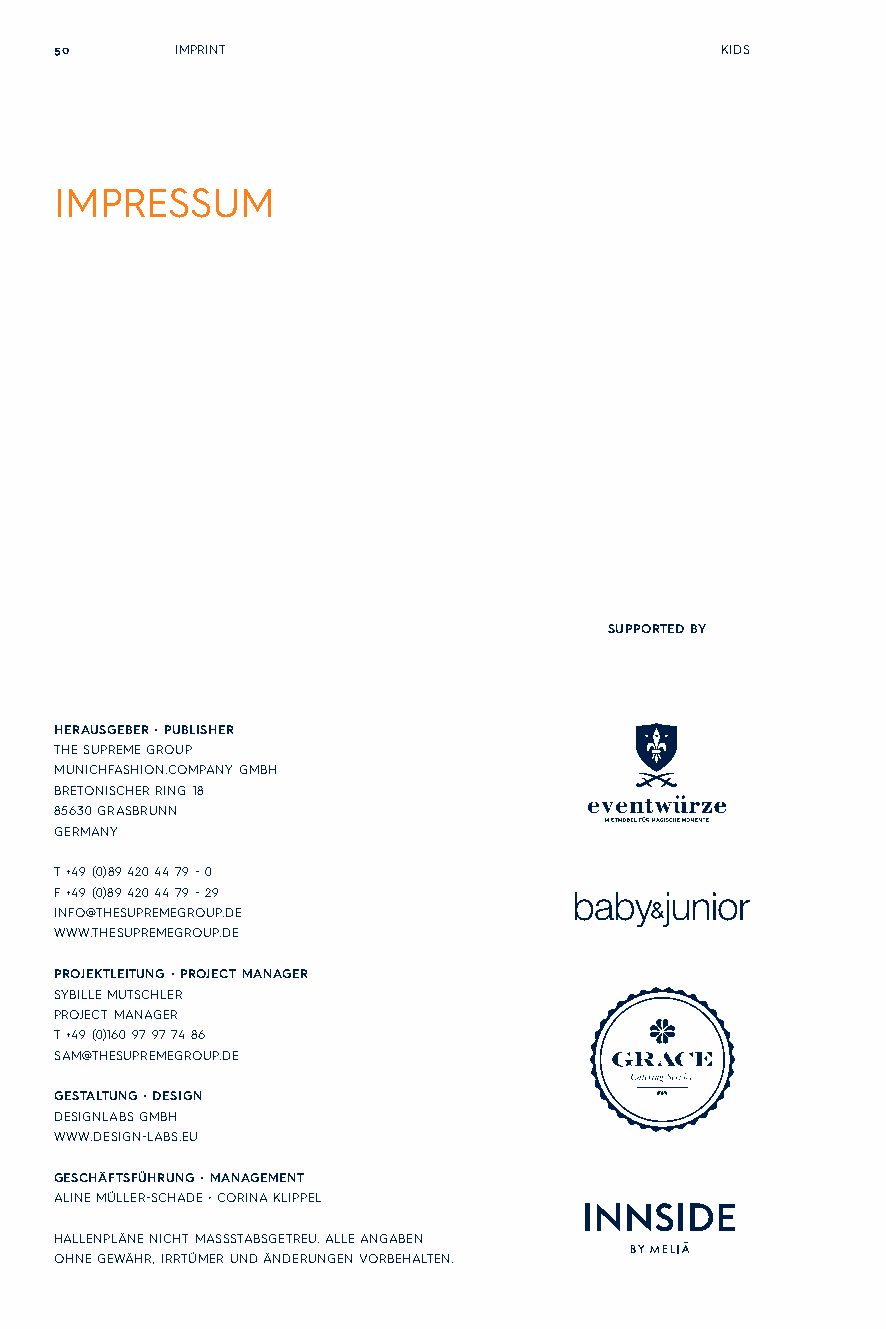
50      IMPRINT                             KIDS
 IMPRESSUM
 SUPPORTED BY
 HERAUSGEBER • PUBLISHER
 THE SUPREME GROUP
 MUNICHFASHION.COMPANY GMBH
 BRETONISCHER RING 18
 85630 GRASBRUNN
 GERMANY
 T +49 (0)89 420 44 79 - 0
 F +49 (0)89 420 44 79 - 29
 INFO@THESUPREMEGROUP.DE
 WWW.THESUPREMEGROUP.DE
 PROJEKTLEITUNG • PROJECT MANAGER
 SYBILLE MUTSCHLER
 PROJECT MANAGER
 T +49 (0)160 97 97 74 86
 SAM@THESUPREMEGROUP.DE
 GESTALTUNG • DESIGN
 DESIGNLABS GMBH
 WWW.DESIGN-LABS.EU
 GESCHÄFTSFÜHRUNG • MANAGEMENT
 ALINE MÜLLER-SCHADE • CORINA KLIPPEL
 HALLENPLÄNE NICHT MASSSTABSGETREU. ALLE ANGABEN
 OHNE GEWÄHR, IRRTÜMER UND ÄNDERUNGEN VORBEHALTEN.